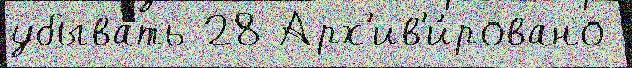
убыва́ть 28 Арх'ив'и́ровано